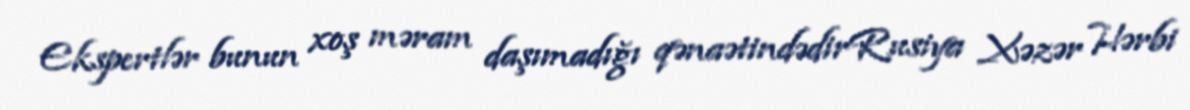
Ekspertlər bunun xoş məram daşımadığı qənaətindədirRusiya Xəzər Hərbi